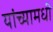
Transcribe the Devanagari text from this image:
यांच्यामधी